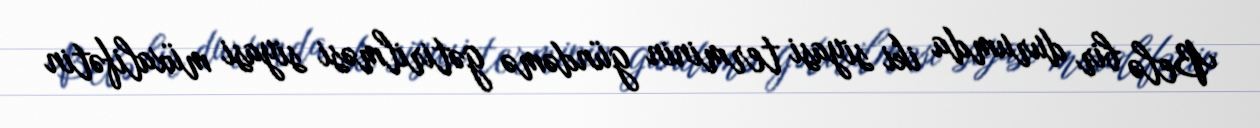
Belə bir durumda iki siyasi terminin gündəmə gətirilməsi siyasi müxalifətin